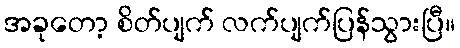
အခုတော့ စိတ်ပျက် လက်ပျက်ပြန်သွားပြီ။